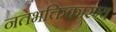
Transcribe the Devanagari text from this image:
नतभक्तिकारण्य